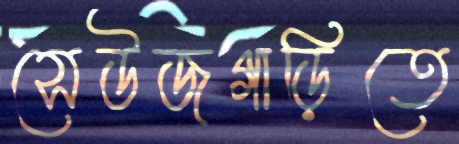
সেউজগাড়িতে